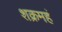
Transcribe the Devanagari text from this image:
शक्रमहं